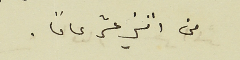
من اثني عشر عامًا.